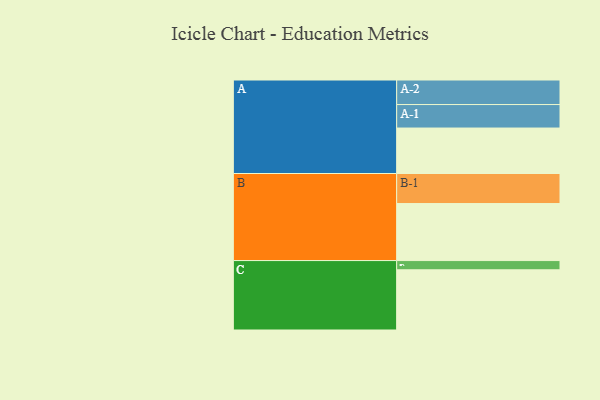
{"axis": {"x": "Segment", "y": "Value"}, "legend": ["", "A", "B", "C"], "data": [{"x": "A", "y": 389, "type": ""}, {"x": "B", "y": 488, "type": ""}, {"x": "C", "y": 515, "type": ""}, {"x": "A-1", "y": 201, "type": "A"}, {"x": "A-2", "y": 210, "type": "A"}, {"x": "B-1", "y": 257, "type": "B"}, {"x": "C-1", "y": 79, "type": "C"}]}